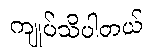
ကျုပ်သိပါတယ်